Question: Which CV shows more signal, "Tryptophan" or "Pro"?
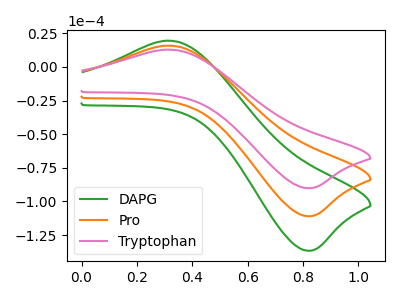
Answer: <think>The green curve "DAPG" has an anodic peak at (0.30V, 31.75uA) and a cathodic peak at (0.80V, -222.00uA). The orange curve "Pro" has an anodic peak at (0.30V, 15.85uA) and a cathodic peak at (0.80V, -111.00uA). The pink curve "Tryptophan" has an anodic peak at (0.30V, 12.90uA) and a cathodic peak at (0.80V, -90.15uA).
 All the peaks in "Tryptophan" have a peak in "Pro" at the same potential. Every peak in "Tryptophan" is lower than every peak in "Pro".</think>
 <answer>"Tryptophan" has less signal than "Pro".</answer>
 <eval>less_signal</eval>